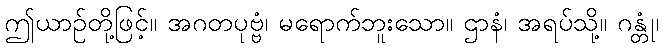
ဤယာဉ်တို့ဖြင့်။ အဂတပုဗ္ဗံ၊ မရောက်ဘူးသော။ ဌာနံ၊ အရပ်သို့။ ဂန္တုံ၊